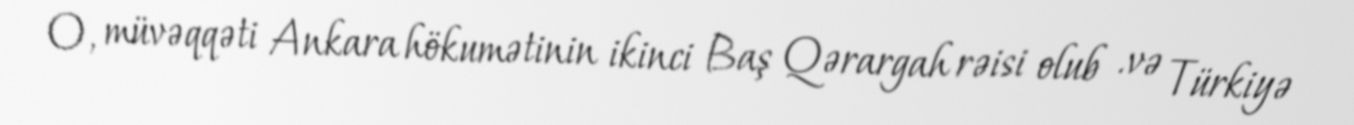
O, müvəqqəti Ankara hökumətinin ikinci Baş Qərargah rəisi olub .və Türkiyə